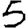
Digit: 5